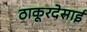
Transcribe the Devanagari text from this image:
ठाकूरदेसाई